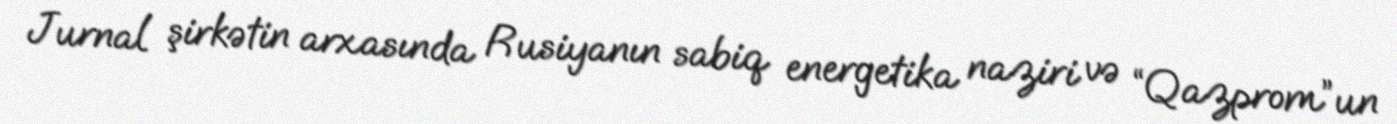
Jurnal şirkətin arxasında Rusiyanın sabiq energetika naziri və “Qazprom”un